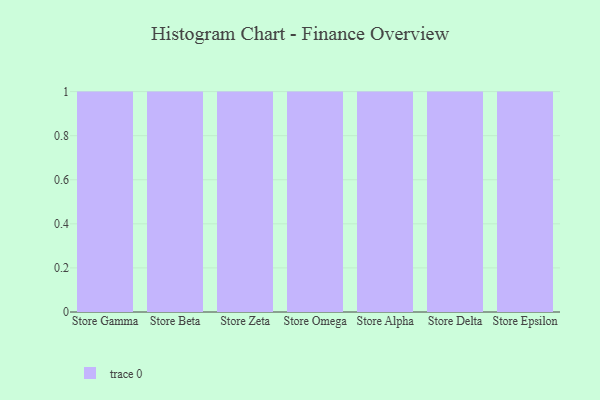
{"axis": {"x": "Store", "y": "Headcount"}, "legend": [""], "data": [{"x": "Store Gamma", "y": 11, "type": ""}, {"x": "Store Beta", "y": 35, "type": ""}, {"x": "Store Zeta", "y": 63, "type": ""}, {"x": "Store Omega", "y": 85, "type": ""}, {"x": "Store Alpha", "y": 52, "type": ""}, {"x": "Store Delta", "y": 38, "type": ""}, {"x": "Store Epsilon", "y": 58, "type": ""}]}